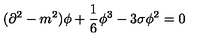
( \partial ^ { 2 } - m ^ { 2 } ) \phi + \frac { 1 } { 6 } \phi ^ { 3 } - 3 \sigma \phi ^ { 2 } = 0